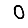
Digit: 0